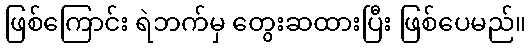
ဖြစ်ကြောင်း ရဲဘက်မှ တွေးဆထားပြီး ဖြစ်ပေမည်။